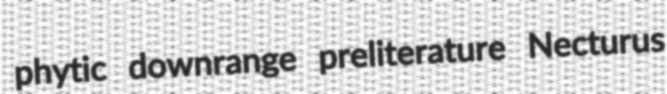
phytic downrange preliterature Necturus